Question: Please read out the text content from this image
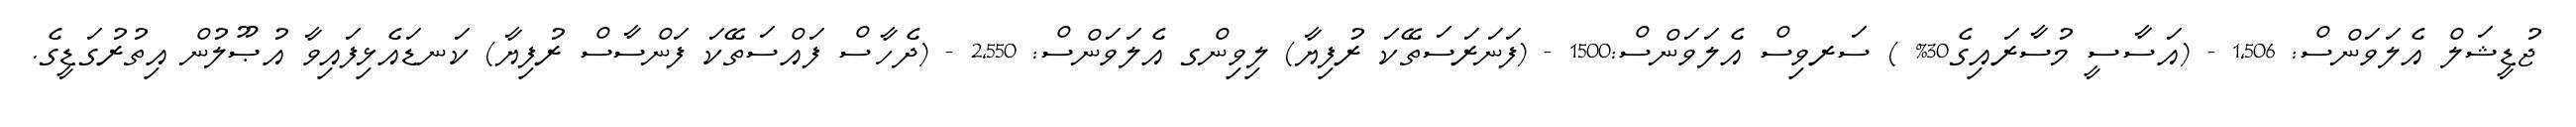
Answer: ޖުޑީޝަލް އެލަވަންސް: 1,506 - (އަސާސީ މުސާރައިގެ30% ) ސަރވިސް އެލަވަންސް:1500 - (ފަނަރަސަތޭކަ ރުފިޔާ) ލިވިންގ އެލަވަންސް: 2,550 - (ދެހާސް ފައްސަތޭކަ ފަންސާސް ރުފިޔާ) ކަނޑައެޅިފައިވާ އުޞޫލުން އިތުރުގަޑީގެ.